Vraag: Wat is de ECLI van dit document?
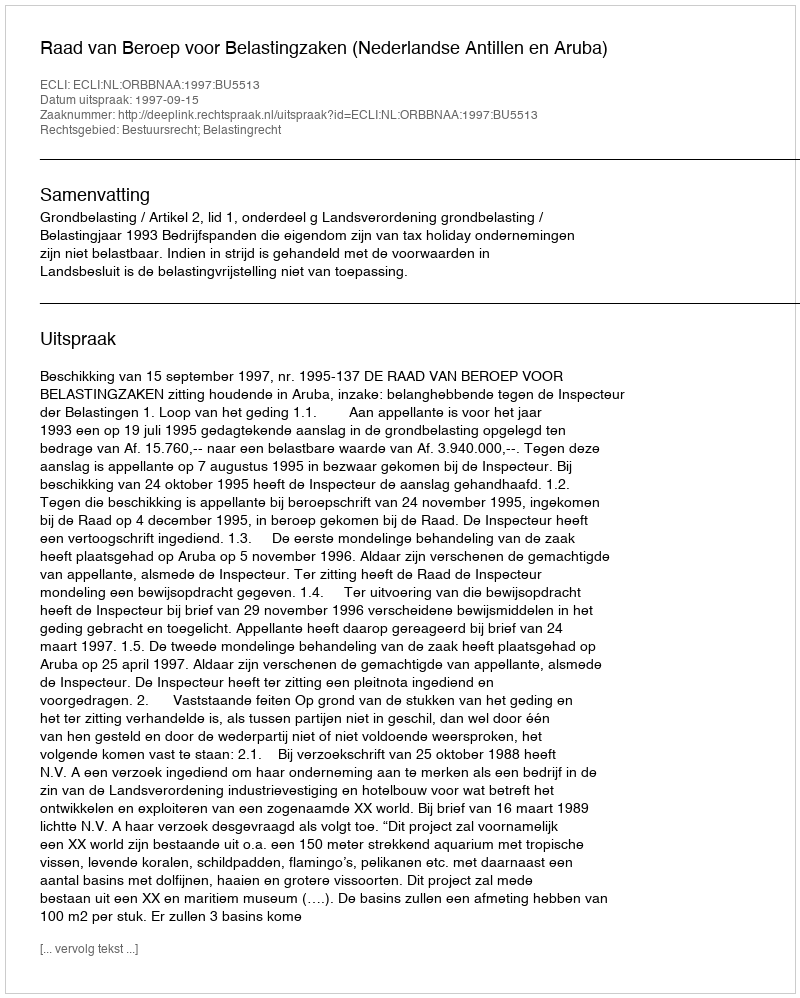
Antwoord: ECLI:NL:ORBBNAA:1997:BU5513